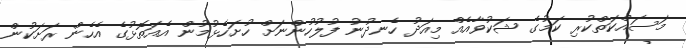
މަސައްކަތްކުރި ކަމުގެ ޝަކުވާއެއް މިއަދު ހެނދުނު ފުލުހުންނަށް ހުށަހެޅުމުން އެއަތޮޅުގެ އެހެން ރަށަކުން